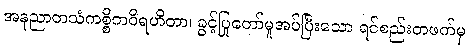
အနုညာတသံကစ္စိကဝိရဟိတာ၊ ခွင့်ပြုတော်မူအပ်ပြီးသော ရင်စည်းတဖက်မှ